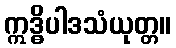
ဣဒ္ဓိပါဒသံယုတ္တ။